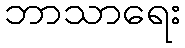
ဘာသာရေး